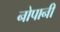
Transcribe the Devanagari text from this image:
नोपानी